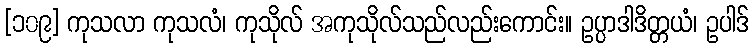
[၁၀၉] ကုသလာ ကုသလံ၊ ကုသိုလ် အကုသိုလ်သည်လည်းကောင်း။ ဥပ္ပာဒါဒိတ္တယံ၊ ဥပါဒ်